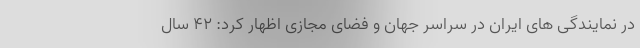
در نمایندگی های ایران در سراسر جهان و فضای مجازی اظهار کرد: ۴۲ سال